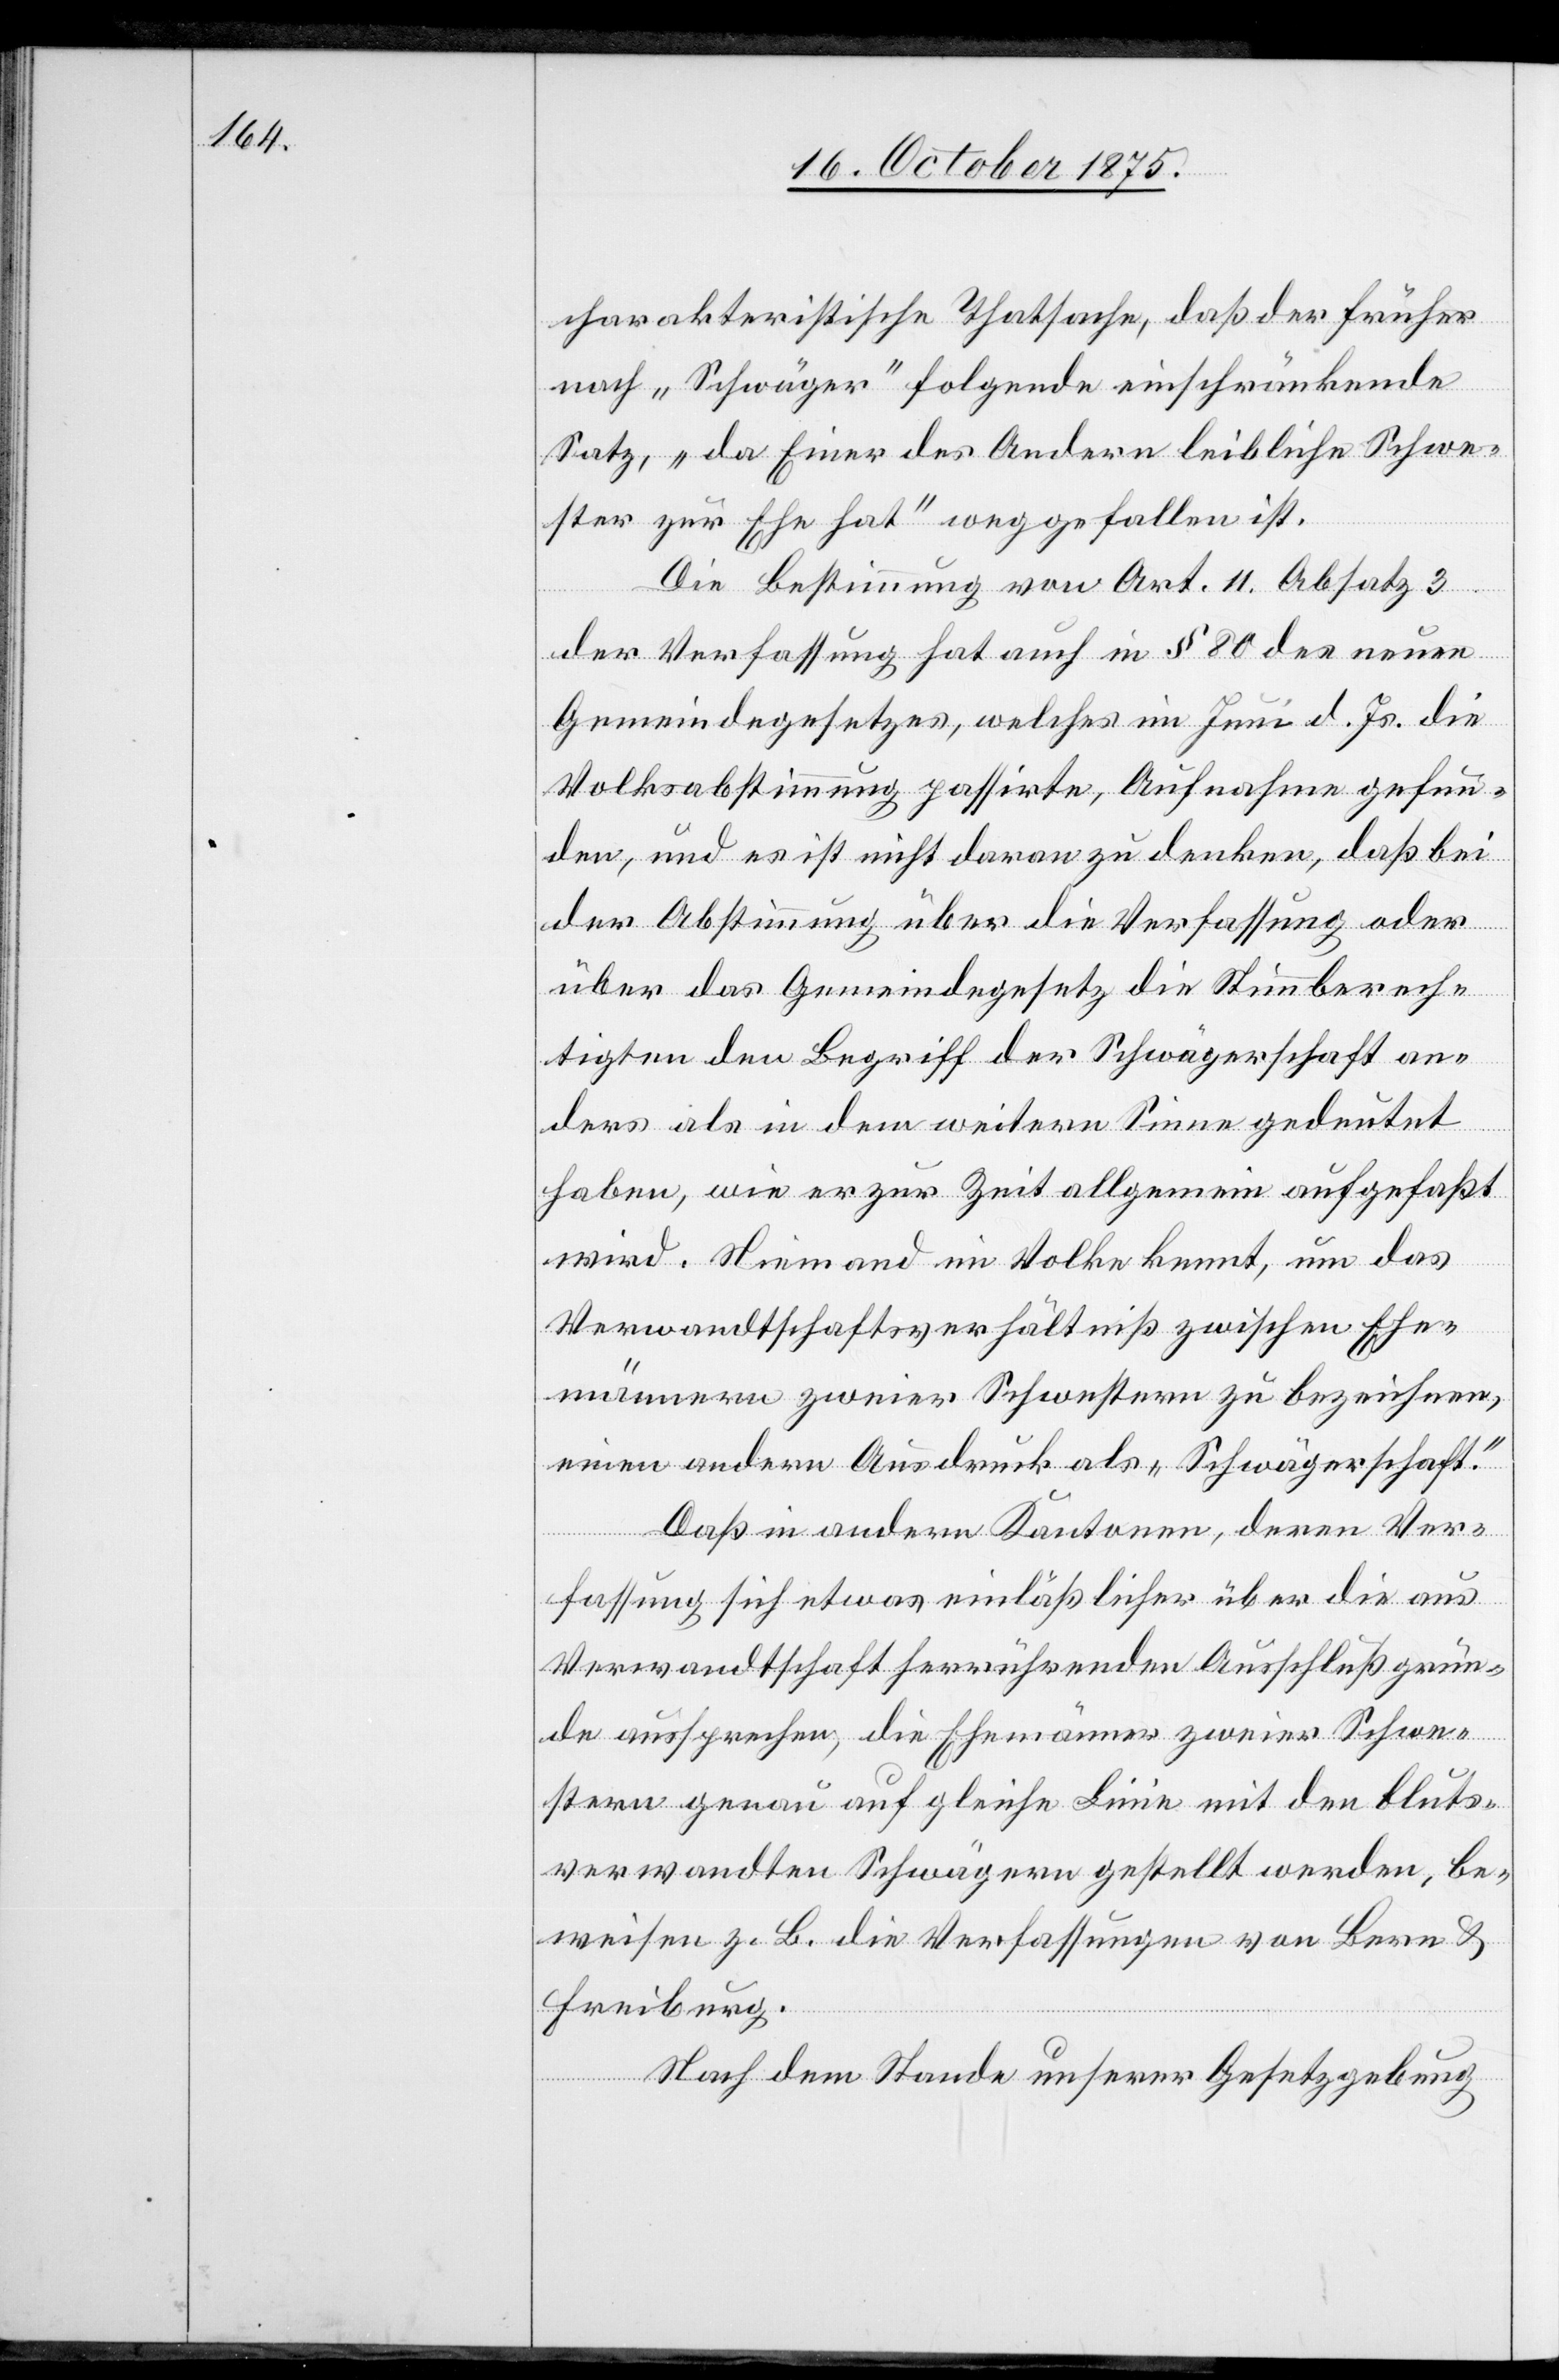
charakteristische Thatsache, daß der früher
nach „Schwäger“ folgende einschränkende
Satz, „da Einer des Andern leibliche Schwe¬
ster zur Ehe hat“ weggefallen ist.
Die Bestimmung von Art. 11 Absatz 3
der Verfassung hat auch in § 80 des neuen
Gemeindegesetzes, welches im Juni d. Js. die
Volksabstimmung passirte, Aufnahme gefun¬
den, und es ist nicht daran zu denken, daß bei
der Abstimmung über die Verfassung oder
über das Gemeindegesetz die Stimmberech¬
tigten den Begriff der Schwägerschaft an¬
ders als in dem weitern Sinne gedeutet
haben, wie er zur Zeit allgemein aufgefaßt
wird. Niemand im Volke kennt, um das
Verwandtschaftsverhältniß zwischen Ehe¬
männern zweier Schwestern zu bezeichnen,
einen andern Ausdruck als „Schwägerschaft“.
Daß in andern Kantonen, deren Ver¬
fassung sich etwas einläßlicher über die aus
Verwandtschaft herrührenden Ausschlußgrün¬
de aussprechen, die Ehemänner zweier Schwe¬
stern genau auf gleiche Linie mit den bluts¬
verwandten Schwägern gestellt werden, be¬
weisen z. B. die Verfassungen von Bern &
Freiburg.
Nach dem Stande unserer Gesetzgebung